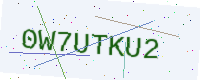
Text: 0W7UTKU2